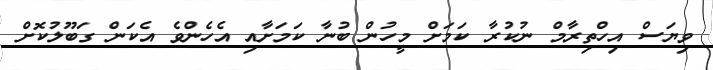
ވިޔަސް އިހްތިރާމް ނުކުރާ ކަމަށް މީހުން ބުނާ ކަމަށާއި އެހެންވެ އެކަން ގަބޫލުކޮށް